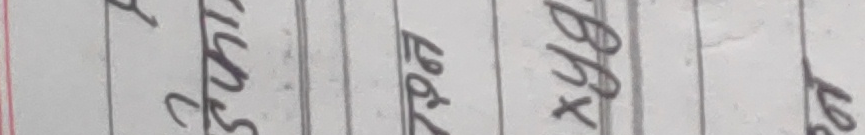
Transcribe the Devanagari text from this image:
जुन
लाई
४५४१
छ ।